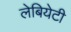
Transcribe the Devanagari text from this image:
लेबियेटी